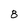
Character: 8